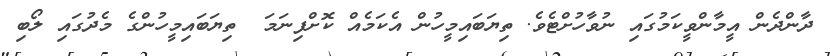
ދާންދެން އީމާންވީކަމުގައި ނުވާހުށްޓެވެ. ތިޔަބައިމީހުން އެކަމެއް ކޮށްފިނަމަ  ތިޔަބައިމީހުންގެ މެދުގައި ލޯބި